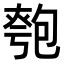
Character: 𠣻